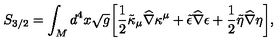
S _ { 3 / 2 } = \int _ { M } d ^ { 4 } x \sqrt { g } \biggr [ { \frac { 1 } { 2 } } \tilde { \kappa } _ { \mu } { \widehat \nabla } \kappa ^ { \mu } + \tilde { \epsilon } { \widehat \nabla } \epsilon + { \frac { 1 } { 2 } } \tilde { \eta } { \widehat \nabla } \eta \biggr ] ,